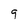
Character: 9